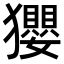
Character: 𤣎